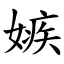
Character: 嫉